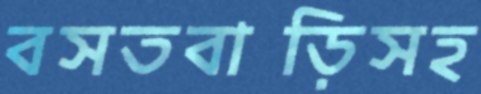
বসতবাড়িসহ